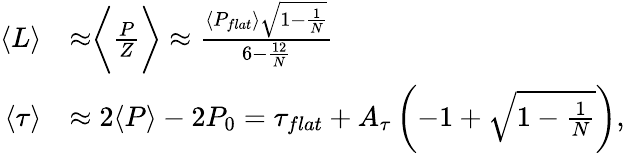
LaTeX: \begin{array}{rl}{\langle L\rangle}&{\approx\biggr\langle\frac{P}{Z}\biggr\rangle\approx\frac{\langle P_{flat}\rangle\sqrt{1-\frac{1}{N}}}{6-\frac{12}{N}}}\\ {\langle\tau\rangle}&{\approx 2\langle P\rangle-2P_{0}=\tau_{flat}+A_{\tau}\left(-1+\sqrt{1-\frac{1}{N}}\right),}\end{array}